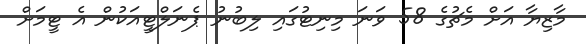
މާޒިޔާ އަށް މެޗުގެ 58 ވަނަ މިނިޓުގައި ލިބުނު ޕެނަލްޓީއަކުން އެ ޓީމަށް